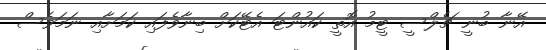
އޭނާ ބުނީ ޗެލްސީ ޓީމު އޮތީ ކައުންޓަ އެޓޭކަށް ބިނާވެފައި ކަމަށާއި ނަމަވެސް